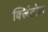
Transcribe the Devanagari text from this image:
क्लिंटोक